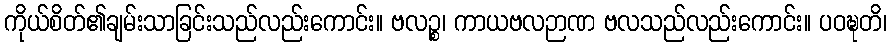
ကိုယ်စိတ်၏ချမ်းသာခြင်းသည်လည်းကောင်း။ ဗလဉ္စ၊ ကာယဗလဉာဏ ဗလသည်လည်းကောင်း။ ပဝဍ္ဎတိ၊